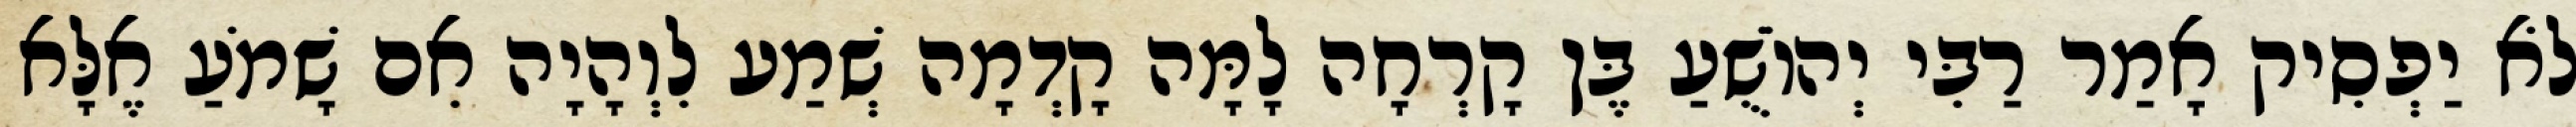
לֹא יַפְסִיק אָמַר רַבִּי יְהוֹשֻׁעַ בֶּן קָרְחָה לָמָּה קָדְמָה שְׁמַע לִוְהָיָה אִם שָׁמֹעַ אֶלָּא